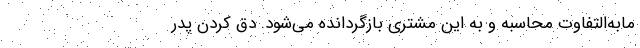
مابه‌التفاوت محاسبه و به این مشتری بازگردانده می‌شود. دق کردن پدر